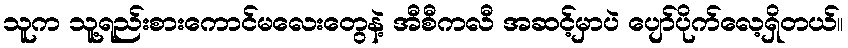
သူက သူ့ရည်းစားကောင်မလေးတွေနဲ့ အီစီကလီ အဆင့်မှာပဲ ပျော်ပိုက်လေ့ရှိတယ်။